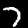
Digit: 7